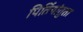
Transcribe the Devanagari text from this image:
पितिंयांतुता